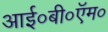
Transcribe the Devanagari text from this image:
आई०बी०ऍम०